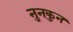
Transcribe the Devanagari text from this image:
नुनकुन